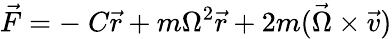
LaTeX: {\vec{F}}=-\ C{\vec{r}}+m\Omega^{2}{\vec{r}}+2m({\vec{\Omega}}\times{\vec{v}})